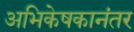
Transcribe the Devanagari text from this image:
अभिकेषकानंतर